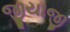
જીયાજી